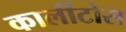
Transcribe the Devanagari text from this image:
कार्लीटोस